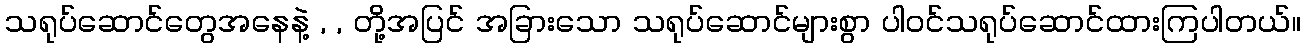
သရုပ်ဆောင်တွေအနေနဲ့ , , တို့အပြင် အခြားသော သရုပ်ဆောင်များစွာ ပါဝင်သရုပ်ဆောင်ထားကြပါတယ်။